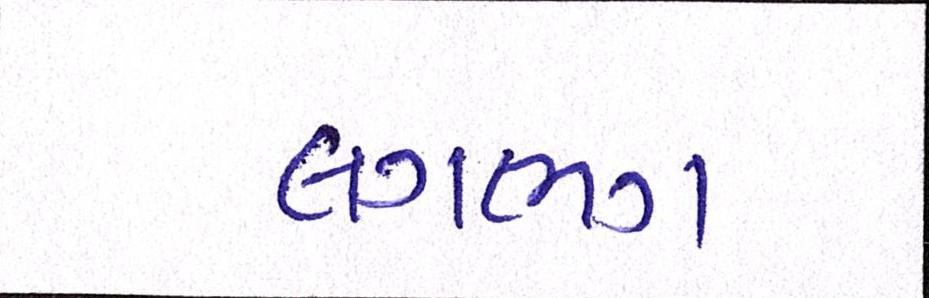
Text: લગભગ